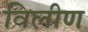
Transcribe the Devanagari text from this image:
विलीण